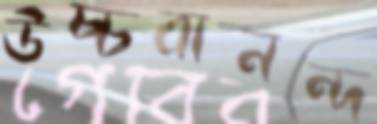
উচ্চবানন্দ